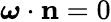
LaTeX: {\boldsymbol\omega}\cdot{\mathbf n}=0